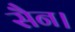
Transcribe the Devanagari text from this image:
सैन।